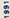
1991